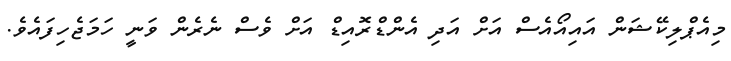
މިއެޕްލިކޭޝަން އައިއޯއެސް އަށް އަދި އެންޑްރޮއިޑް އަށް ވެސް ނެރެން ވަނީ ހަމަޖެހިފައެވެ.